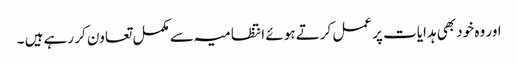
اور وہ خود بھی ہدایات پر عمل کرتے ہوئے انتظامیہ سے مکمل تعاون کر رہے ہیں ۔